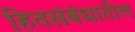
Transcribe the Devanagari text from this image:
हितसंबंधातील